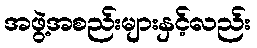
အဖွဲ့အစည်းများနှင့်လည်း